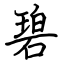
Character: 碧